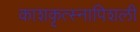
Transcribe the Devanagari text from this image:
काशकृत्स्नापिशली